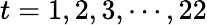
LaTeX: t=1,2,3,\cdots,22